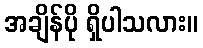
အချိန်ပို ရှိပါသလား။